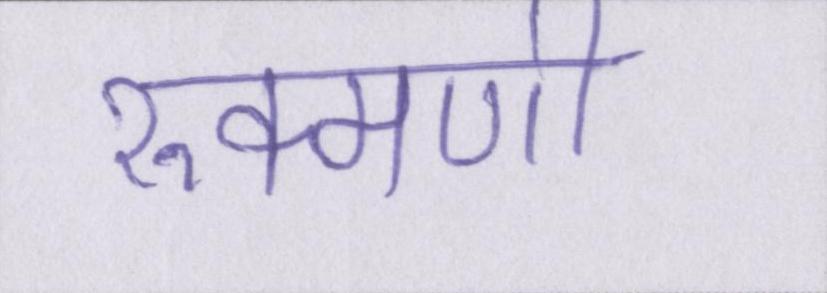
रुक्मणी